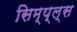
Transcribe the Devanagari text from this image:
सिम्प्ल्स